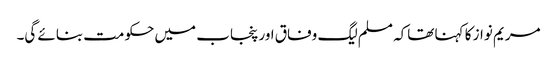
مریم نواز کا کہنا تھاکہ مسلم لیگ وفاق اور پنجاب میں حکومت بنائے گی۔